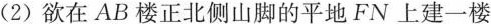
(2)欲在AB楼正北侧山脚的平地FN上建一楼